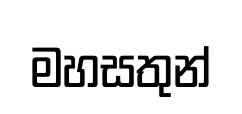
මහසතුන්